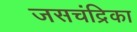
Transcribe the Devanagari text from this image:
जसचंद्रिका